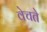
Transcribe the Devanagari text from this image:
वेचते